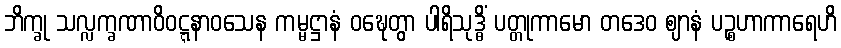
ဘိက္ခု သလ္လက္ခဏာဝိဝဋ္ဋနာဝသေန ကမ္မဋ္ဌာနံ ဝဍ္ဎေတွာ ပါရိသုဒ္ဓိံ ပတ္တုကာမော တဒေဝ ဈာနံ ပဉ္စဟာကာရေဟိ